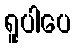
ရူပါပေ